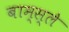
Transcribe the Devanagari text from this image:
बाम्स्ले